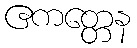
ဧကတ္တေန